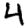
Digit: 4